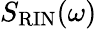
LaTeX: S_{\mathrm{RIN}}(\omega)